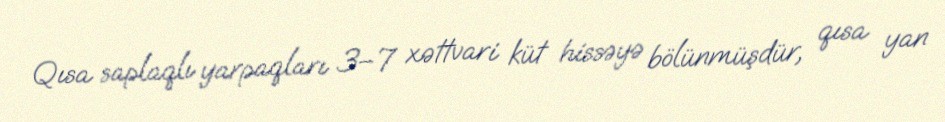
Qısa saplaqlı yarpaqları 3–7 xəttvari küt hissəyə bölünmüşdür, qısa yan